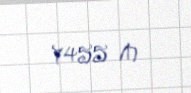
7455 ₼